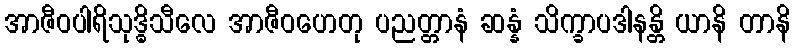
အာဇီဝပါရိသုဒ္ဓိသီလေ အာဇီဝဟေတု ပညတ္တာနံ ဆန္နံ သိက္ခာပဒါနန္တိ ယာနိ တာနိ